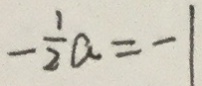
- \frac { 1 } { 2 } a = - 1